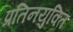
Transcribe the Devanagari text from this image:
प्रतिनयुक्ति